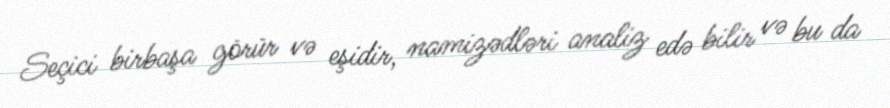
Seçici birbaşa görür və eşidir, namizədləri analiz edə bilir və bu da